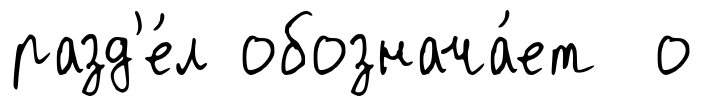
разд'е́л обознача́ет о